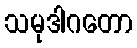
သမုဒါဂတော